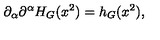
\partial _ { \alpha } \partial ^ { \alpha } H _ { G } ( x ^ { 2 } ) = h _ { G } ( x ^ { 2 } ) ,